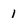
Character: 1